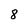
Character: 8